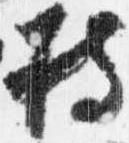
持